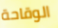
الوقاحة